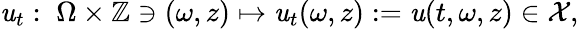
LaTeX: \mathit{u}_{t}:\; \Omega\times\mathbb{{Z}}\ni(\omega,z)\mapsto\mathit{u}_{t}(\omega,z):=\mathit{u}(t,\omega,z)\in\mathcal{{X}},